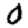
Digit: 0